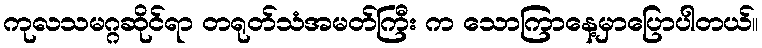
ကုလသမဂ္ဂဆိုင်ရာ တရုတ်သံအမတ်ကြီး က သောကြာနေ့မှာပြောပါတယ်။